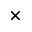
\times